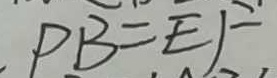
P B = E F